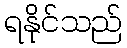
ရနိုင်သည်